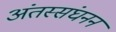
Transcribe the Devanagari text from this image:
अंतस्संघनन